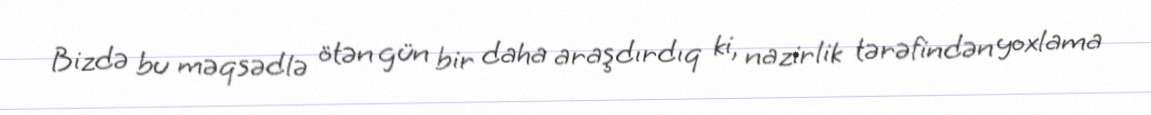
Bizdə bu məqsədlə ötən gün bir daha araşdırdıq ki, nazirlik tərəfindən yoxlama